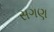
સગણ